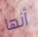
أنها